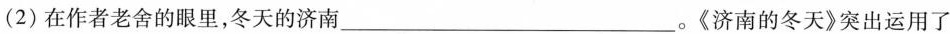
(2)在作者老舍的眼里，冬天的济南___。《济南的冬天》突出运用了